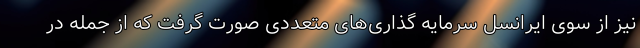
نیز از سوی ایرانسل سرمایه‌ گذاری‌های متعددی صورت گرفت که از جمله در